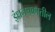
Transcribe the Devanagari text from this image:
इंधनचक्रातील